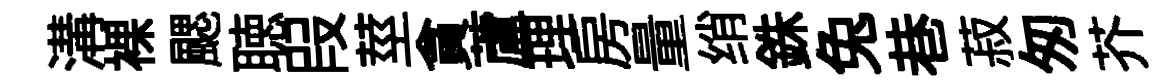
溝裸颸聴叚莖貪蘆理房量绡銖兔巷菽匆芥